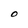
Character: O